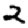
Digit: 2